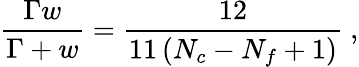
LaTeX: \frac{\Gamma w}{\Gamma+w}=\frac{12}{11\left(N_{c}-N_{f}+1\right)}\ ,